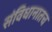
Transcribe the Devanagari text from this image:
संविधानातच